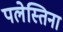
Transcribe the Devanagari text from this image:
पलेस्तिना